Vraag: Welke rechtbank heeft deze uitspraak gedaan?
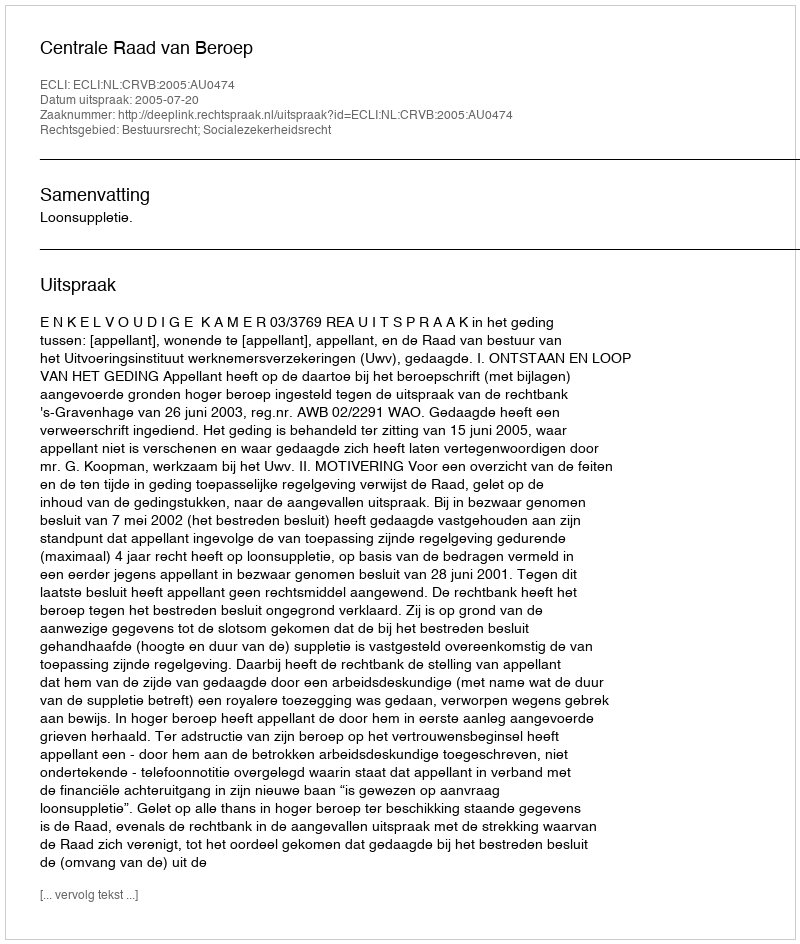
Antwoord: Centrale Raad van Beroep